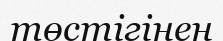
төстігінен